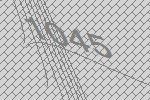
1045